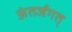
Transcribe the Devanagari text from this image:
अंतर्जगत्‌